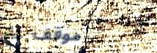
موقف عام